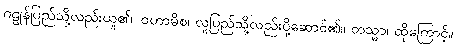
ဂဠုန်ပြည်သို့လည်းယူ၏။ ဝဟာမိစ၊ လူပြည်သို့လည်းပို့ဆောင်၏။ တသ္မာ၊ ထိုကြောင့်။